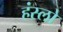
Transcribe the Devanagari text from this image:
हंस्लो